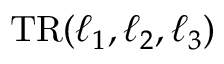
\mathrm { T R } ( \ell _ { 1 } , \ell _ { 2 } , \ell _ { 3 } )